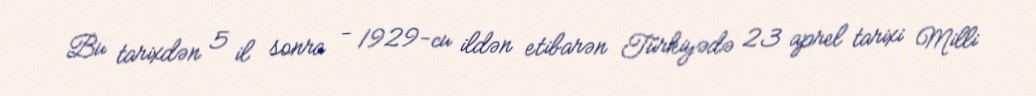
Bu tarixdən 5 il sonra - 1929-cu ildən etibarən Türkiyədə 23 aprel tarixi Milli